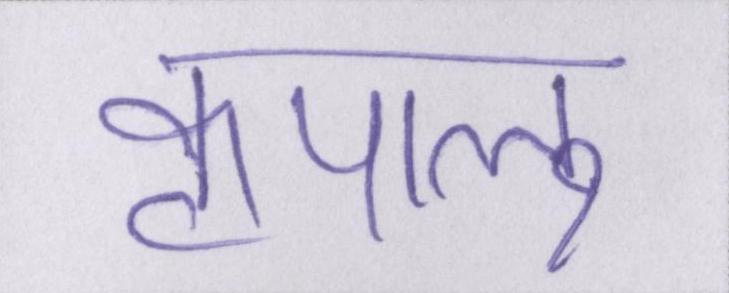
कृपालु